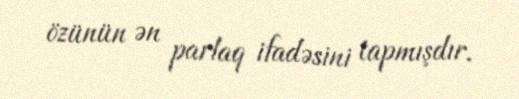
özünün ən parlaq ifadəsini tapmışdır.